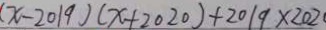
( x - 2 0 1 9 ) ( x + 2 0 2 0 ) + 2 0 1 9 \times 2 0 2